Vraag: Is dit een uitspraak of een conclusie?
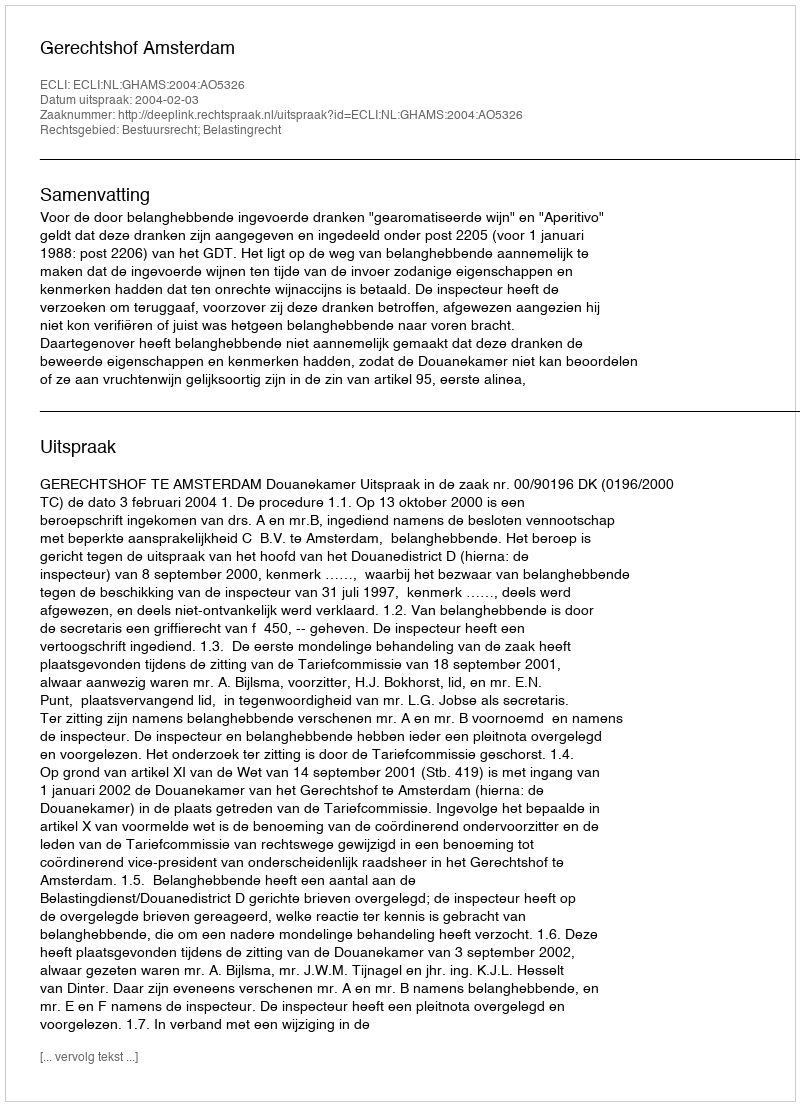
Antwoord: Uitspraak